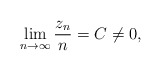
\begin{align*}\lim_{n\rightarrow \infty}\frac{z_n}{n}=C\not=0,\end{align*}